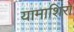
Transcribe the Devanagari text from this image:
यामाशिरो